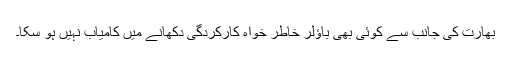
بھارت کی جانب سے کوئی بھی باﺅلر خاطر خواہ کارکردگی دکھانے میں کامیاب نہیں ہو سکا۔